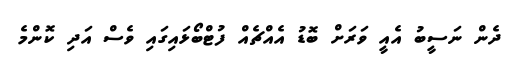
ދެން ނަސީބު އެއީ ވަރަށް ބޮޑު އެއްޗެއް ފުޓްބޯޅައިގައި ވެސް އަދި ކޮންމެ